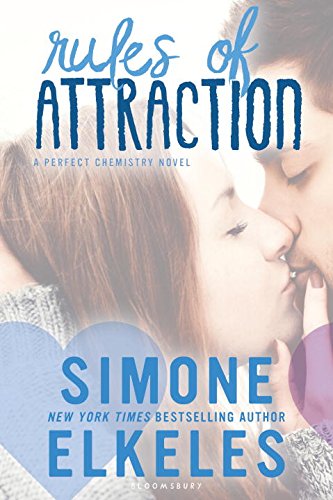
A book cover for Rules of Attraction (A Perfect Chemistry Novel); Simone Elkeles; Teen & Young Adult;